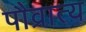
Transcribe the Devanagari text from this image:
पौव्रात्य